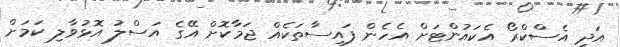
އަދި އެސްކްރޯ އެކައުންޓަށް އެހެން ފައިސާތަކެއް ޖަމާކޮށް އޭގެ އަސްލު އޮޅުވާލި ކަމަށް